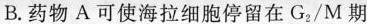
B.药物A可使海拉细胞停留在G_{2}/M 期